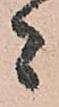
者